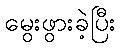
မွေးဖွားခဲ့ပြီး